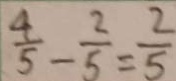
\frac { 4 } { 5 } - \frac { 2 } { 5 } = \frac { 2 } { 5 }